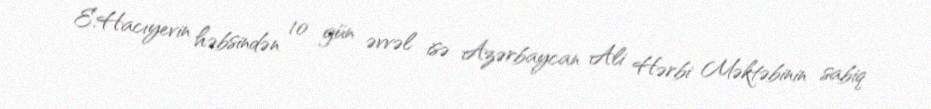
E.Hacıyevin həbsindən 10 gün əvvəl isə Azərbaycan Ali Hərbi Məktəbinin sabiq